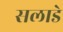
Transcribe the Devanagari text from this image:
सलाडे